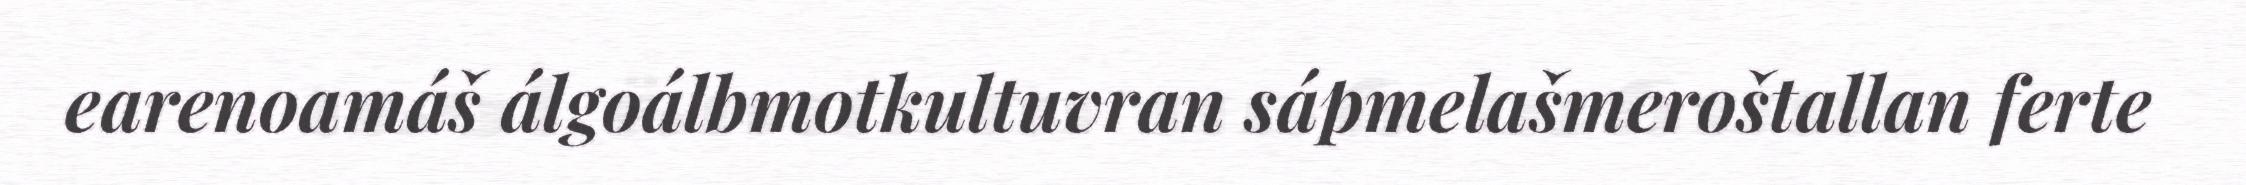
earenoamáš álgoálbmotkultuvran sápmelašmeroštallan ferte